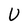
Character: U